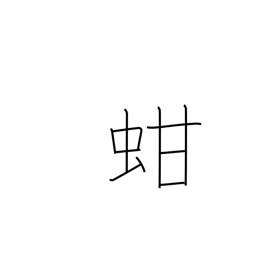
Meaning: ark shell